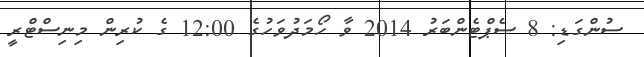
ސުންގަޑި: 8 ސެޕްޓެންބަރު 2014 ވާ ހޯމަދުވަހުގެ 12:00 ގެ ކުރިން މިނިސްޓްރީ